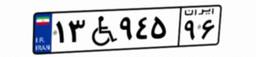
۴۴W۱۲۱۳۷